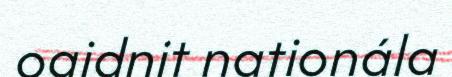
oaidnit nationála